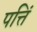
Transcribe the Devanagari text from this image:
पत्तिं